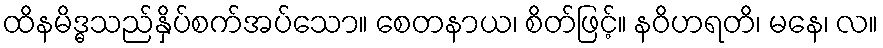
ထိနမိဒ္ဓသည်နှိပ်စက်အပ်သော။ စေတနာယ၊ စိတ်ဖြင့်။ နဝိဟရတိ၊ မနေ၊ လ။